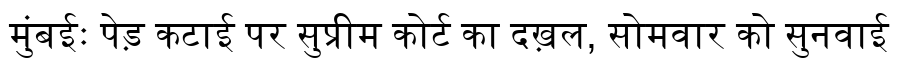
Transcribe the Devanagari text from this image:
मुंबईः पेड़ कटाई पर सुप्रीम कोर्ट का दख़ल, सोमवार को सुनवाई